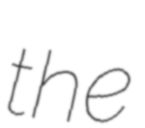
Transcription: the